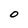
Character: O